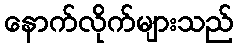
နောက်လိုက်များသည်